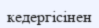
кедергісінен